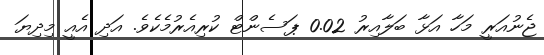
ޖެނުއަރީ މަހާ އަޅާ ބަލާއިރު 0.02 ޕަސެންޓް ކުރިއެރުމެކެވެ. އަދި އެއީ މިދިޔަ